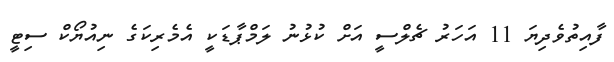
ފާއިތުވެދިޔަ 11 އަހަރު ޗެލްސީ އަށް ކުޅުނު ލަމްޕާޑަކީ އެމެރިކަގެ ނިއުޔޯކް ސިޓީ